Civil Veterinary Department Bengal reports 1923-33 - 1923-1933
Year: 1923
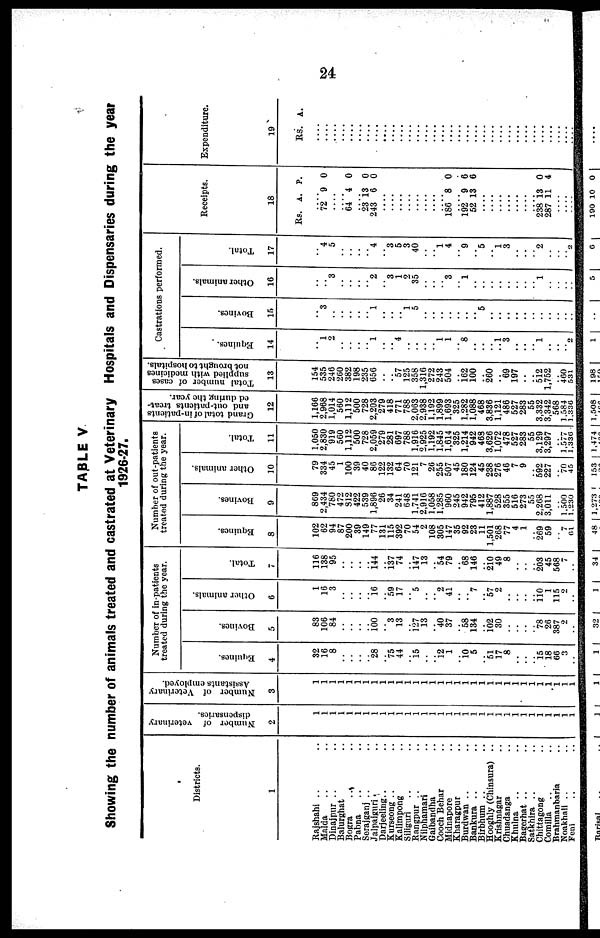
24
TAPLE V
Showing the number of animals treated and castrated at Veterinary Hospitals and Dispensaries during the year
1926-27.
Districts.
1
Rajshahi .. ..
Malda
Dinajpur .. ..
Balurghat ..
Bogra .. ..
Pabna .. ..
Sorajganj .. ..
Jalpaiguri .. ..
Darjeeling .. ..
Kurseong .. ..
Kallmpong ..
Siliguri .. ..
Rangpur .. ..
Nilphamari .. ..
Gaibandha .. ..
Cooch Behar ..
Midnapore ..
Kharagpur ..
Burdwan .. ..
Bankura .. ..
Birbhurn .. ..
Hooghly (Chinsura) ..
Krishnagar ..
Chuadanga ..
Khulna .. ..
Bagerhat .. ..
Satkhira .. ..
Chittagong ..
Comilla .. ..
Brahmanbaria ..
Noakhali .. ..
Feni .. ..
Number of veterinary
dispensaries.
2
1
1
1
1
1
1
1
1
1
1
1
1
1
1
1
1
1
1
1
1
1
1
1
1
1
1
1
1
1
1
1
1
Number of Veterinary
Assistants employed.
3
1
1
1
1
1
1
1
1
1
1
1
1
1
1
1
1
1
1
1
1
1
1
1
1
1
1
1
1
1
1
1
1
Number of in-patients
treated during the year.
Equines.
4
32
16
8
..
..
..
.. 28
.. 75
44
.. 15
..
.. 12
1
.. 10 5
.. 51
17
8
..
..
.. 15 18
66
3
..
Bovines.
5
83
106
84
..
..
..
.. 100
.. 3
13
.. 127 13
.. 40
37
.. 58
134
.. 102
30
..
..
..
.. 78
26
387
2
..
Other animals.
6
1
16
3
..
..
..
.. 16
.. 59
17
.. 5
..
.. 2
41
..
.. 7
.. 57
2
..
..
..
.. 110 1
115
2
..
Total.
7
116
138
95
..
..
..
.. 144
.. i37
74
.. 147
13
.. 54
79
.. 68
146
.. 210
49
8
..
..
.. 203
45
568
7
..
Number of out-patients
treated during the year.
Equines.
8
102
62
94
87
200
39
149
77
131
115
392
70
54
2
108
305
147
35
92
23
11
1,501
268
77
4
1
.. 269
59
.. 7
61
Bovines.
9
869
2,434
780
472
812
422
539
1,896
26
34
241
648
1.741
2,916
1,058
1,285
960
245
942
795
412
1,887
528
355
516
273
55
2,268
3,011
.. 1.500
1,230
Other animals.
10
79
334
45
1
100
39
40
86
122
132
64
70
121
7
26
255
507
45
180
124
45
238
276
46
7
9
.. 592
227
.. 70
45
Total.
i
11
1.050
2,830
919
560
1,112
500
728
2,059
279
281
697
788
1.916
2,925
1,192
1,845
1,614
325
1,214
942
463
3,626
1,072
478
527
283
55
3,129
3,297
.. 1,577
1,336
Grand total of in-patients
and out-pntients treat-
ed during the year.
12
1,166
2,968
1,014
560
1,112
500
728
2,203
279
418
771
788
2,063
2,938
1,192
1,899
1,693
325
1,282
1,088
468
3,836
1,121
486
527
283
55
3,332
3,342
568
1,584
1,330
Total number of cases
supplied with medicines
not brought to hospitals.
13
154
535
246
260
382
198
235
656
..
.. 57
125
358
1,316
272
243
504
.. 162
100
.. 260
.. 69
197
..
.. 512
1,752
400
531
Castrations performed.
Equines.
14
..
1
2
..
..
..
.. 1
..
.. 4
..
..
..
.. 1
1
.. 8
..
..
..
.. 1 3
..
..
.. 1
..
..
.. 2
Bovines.
15
..
3
..
..
..
..
.. 1
..
..
.. 1
5
..
..
..
..
..
..
.. 5
..
..
..
..
..
..
..
..
..
..
..
Other animals.
16
..
.. 3
..
..
..
.. 2
.. 3
1
2
35
..
..
.. 3
.. 1
..
..
..
..
..
..
..
.. 1
..
..
.. ..
Total.
17
..
4
5
..
..
..
.. 4
.. 3
5
3
40
..
.. 1
4
.. 9
.. 5
.. 1
3
..
..
.. 2
..
..
.. 2
Receipts.
18
Rs. A. P.
....
72 9 0
....
.... 64 4 0
.... 23
243
13
6
0
0
....
....
....
....
....
....
....
.... 186 8 0
.... 192
52
9
13
6
6
....
....
....
....
....
....
....
.... 238 1
287
3
11
0
4
...
.
....
Expenditure.
19
RS. A.
....
....
....
....
....
....
....
....
....
....
....
....
....
....
....
....
....
....
....
....
....
....
....
....
....
....
....
....
....
....
....
....